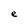
Character: e